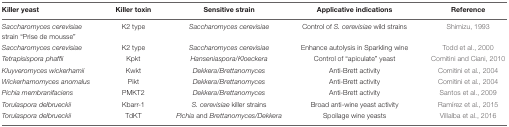
<table><thead><tr><td><b>Killer yeast</b></td><td><b>Killer toxin</b></td><td><b>Sensitive strain</b></td><td><b>Applicative indications</b></td><td><b>Reference</b></td></tr></thead><tbody><tr><td><i>Saccharomyces cerevisiae</i> strain “Prise de mousse”</td><td>K2 type</td><td><i>Saccharomyces cerevisiae</i></td><td>Control of <i>S. cerevisiae</i> wild strains</td><td>Shimizu, 1993</td></tr><tr><td><i>Saccharomyces cerevisiae</i></td><td>K2 type</td><td><i>Saccharomyces cerevisiae</i></td><td>Enhance autolysis in Sparkling wine</td><td>Todd et al., 2000</td></tr><tr><td><i>Tetrapisispora phaffii</i></td><td>Kpkt</td><td><i>Hanseniaspora</i>/<i>Kloeckera</i></td><td>Control of “apiculate” yeast</td><td>Comitini and Ciani, 2010</td></tr><tr><td><i>Kluyveromyces wickerhamii</i></td><td>Kwkt</td><td><i>Dekkera</i>/<i>Brettanomyces</i></td><td>Anti-Brett activity</td><td>Comitini et al., 2004</td></tr><tr><td><i>Wickerhamomyces anomalus</i></td><td>Pikt</td><td><i>Dekkera</i>/<i>Brettanomyces</i></td><td>Anti-Brett activity</td><td>Comitini et al., 2004</td></tr><tr><td><i>Pichia membranifaciens</i></td><td>PMKT2</td><td><i>Dekkera</i>/<i>Brettanomyces</i></td><td>Anti-Brett activity</td><td>Santos et al., 2009</td></tr><tr><td><i>Torulaspora delbrueckii</i></td><td>Kbarr-1</td><td><i>S. cerevisiae</i> killer strains</td><td>Broad anti-wine yeast activity</td><td>Ramírez et al., 2015</td></tr><tr><td><i>Torulaspora delbrueckii</i></td><td>TdKT</td><td><i>Pichia</i> and <i>Brettanomyces/Dekkera</i></td><td>Spoilage wine yeasts</td><td>Villalba et al., 2016</td></tr></tbody></table>